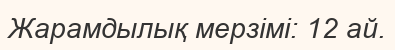
Жарамдылық мерзімі: 12 ай.